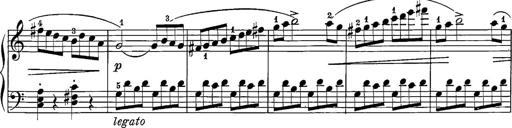
Title: 12 Sonatine per Pianoforte
Composer: Friedrich Kuhlau